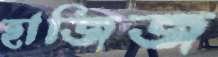
হাজিজ